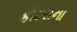
કોદરાના